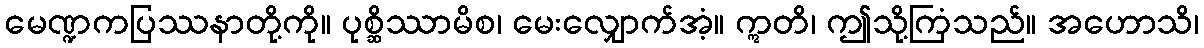
မေဏ္ဍကပြဿနာတို့ကို။ ပုစ္ဆိဿာမိစ၊ မေးလျှောက်အံ့။ ဣတိ၊ ဤသို့ကြံသည်။ အဟောသိ၊